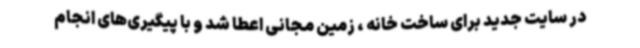
در سایت جدید برای ساخت خانه ، زمین مجانی اعطا شد و با پیگیری‌های انجام